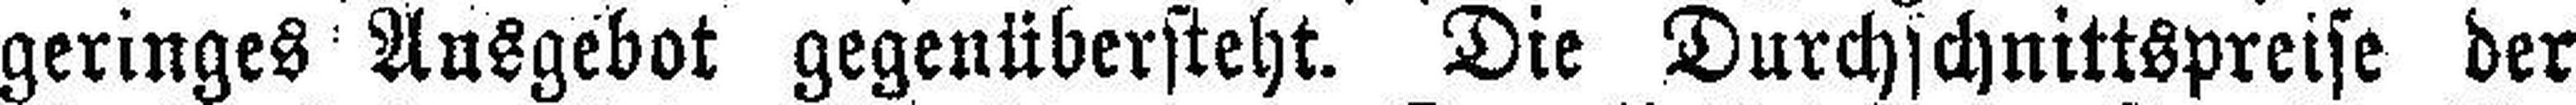
geringes Ausgebot gegenübersteht. Die Durchschnittspreise der